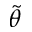
\tilde { \theta }